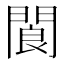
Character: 閬